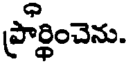
ప్రార్థించెను.